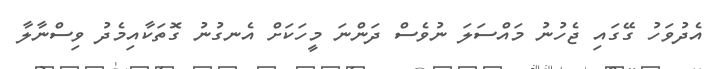
އެދުވަހު ގޭގައި ޖެހުނު މައްސަލަ ނުވެސް ދަންނަ މީހަކަށް އެނގުނު ގޮތަކާއިމެދު ވިސްނާލާ